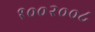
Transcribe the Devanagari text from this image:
१००२००८